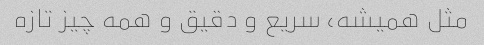
مثل همیشه، سریع و دقیق و همه چیز تازه